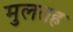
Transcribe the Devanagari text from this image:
मुलतह